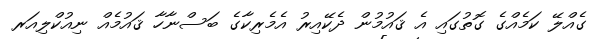
ގެއްލޭ ކަމެއްގެ ގޮތުގައި އެ ޤައުމުން ދެކޭއިރު އެމެރިކާގެ ބަސްނާހާ ޤައުމެއް ނިއުކްލިއަރ